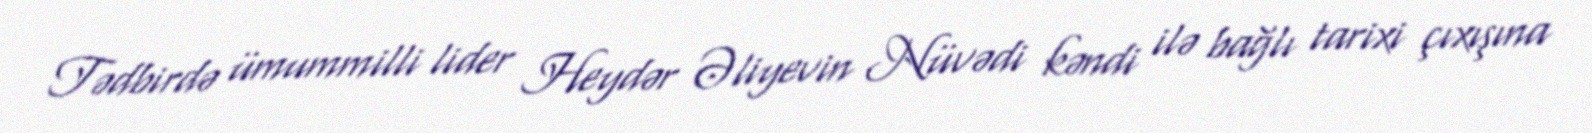
Tədbirdə ümummilli lider Heydər Əliyevin Nüvədi kəndi ilə bağlı tarixi çıxışına